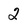
Character: 2